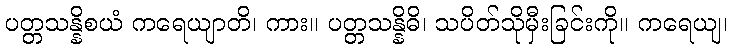
ပတ္တသန္နိစယံ ကရေယျာတိ၊ ကား။ ပတ္တသန္နိဓိ၊ သပိတ်သိုမှီးခြင်းကို။ ကရေယျ၊